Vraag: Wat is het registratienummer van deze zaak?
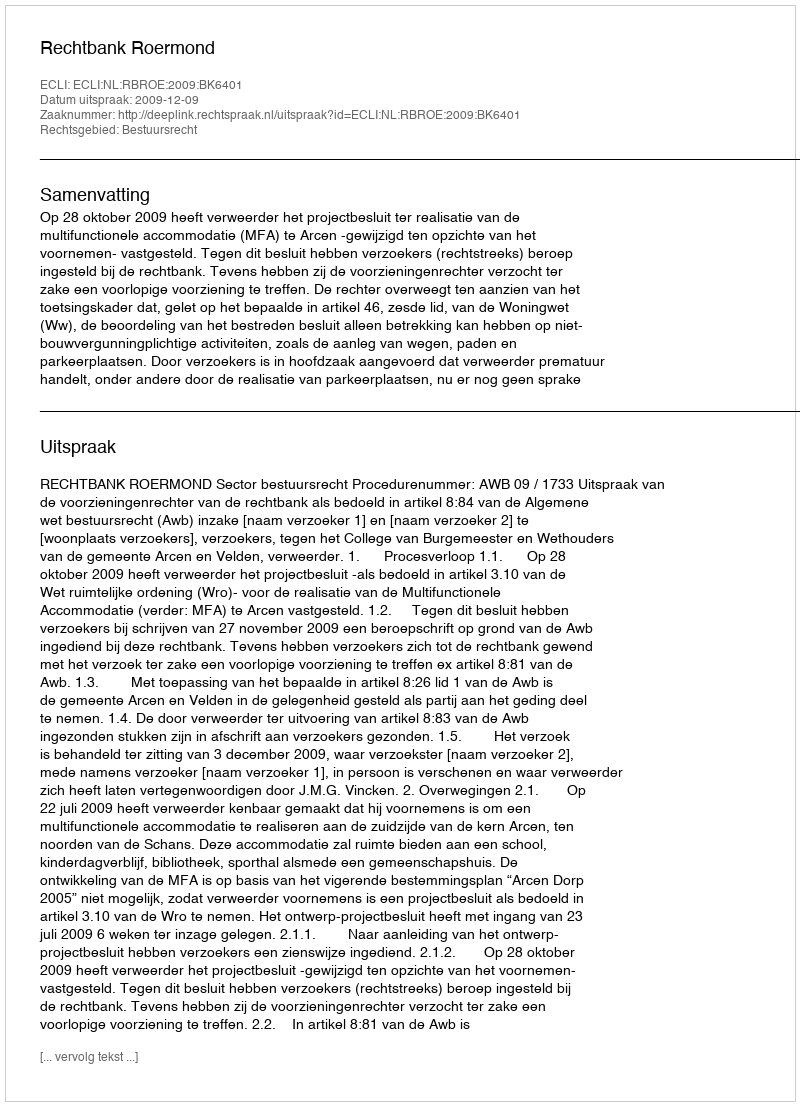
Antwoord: http://deeplink.rechtspraak.nl/uitspraak?id=ECLI:NL:RBROE:2009:BK6401